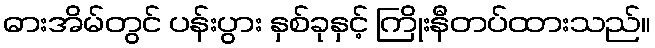
ဓားအိမ်တွင် ပန်းပွား နှစ်ခုနှင့် ကြိုးနီတပ်ထားသည်။